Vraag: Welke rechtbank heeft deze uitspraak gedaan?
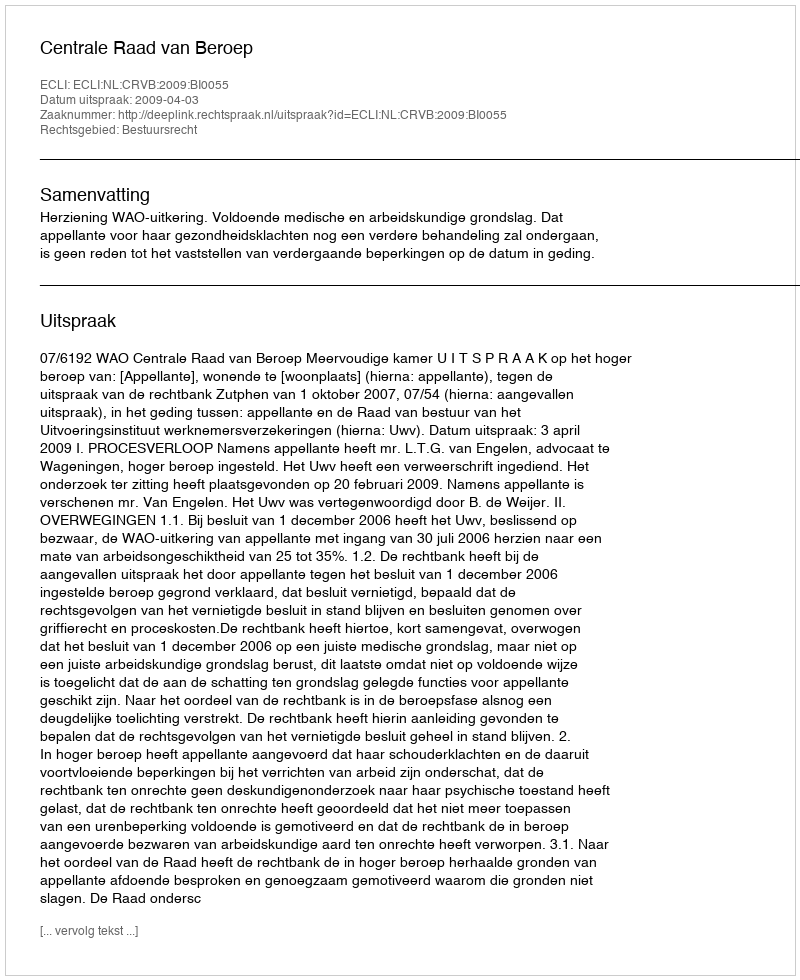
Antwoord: Centrale Raad van Beroep